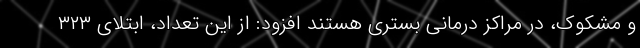
و مشکوک، در مراکز درمانی بستری هستند افزود: از این تعداد، ابتلای ۳۲۳